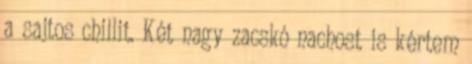
a sajtos chillit. Két nagy zacskó nachost is kértem